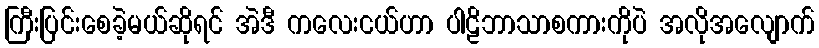
ကြီးပြင်းစေခဲ့မယ်ဆိုရင် အဲဒီ ကလေးငယ်ဟာ ပါဠိဘာသာစကားကိုပဲ အလိုအလျောက်